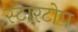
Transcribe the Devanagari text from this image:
स्टारटोप